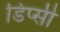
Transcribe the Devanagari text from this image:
डिप्सी